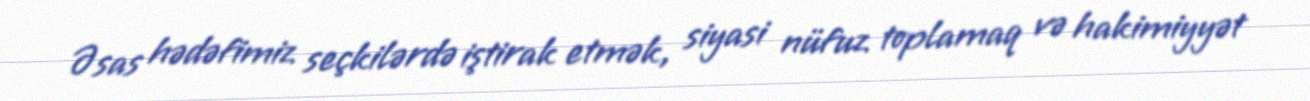
Əsas hədəfimiz seçkilərdə iştirak etmək, siyasi nüfuz toplamaq və hakimiyyət